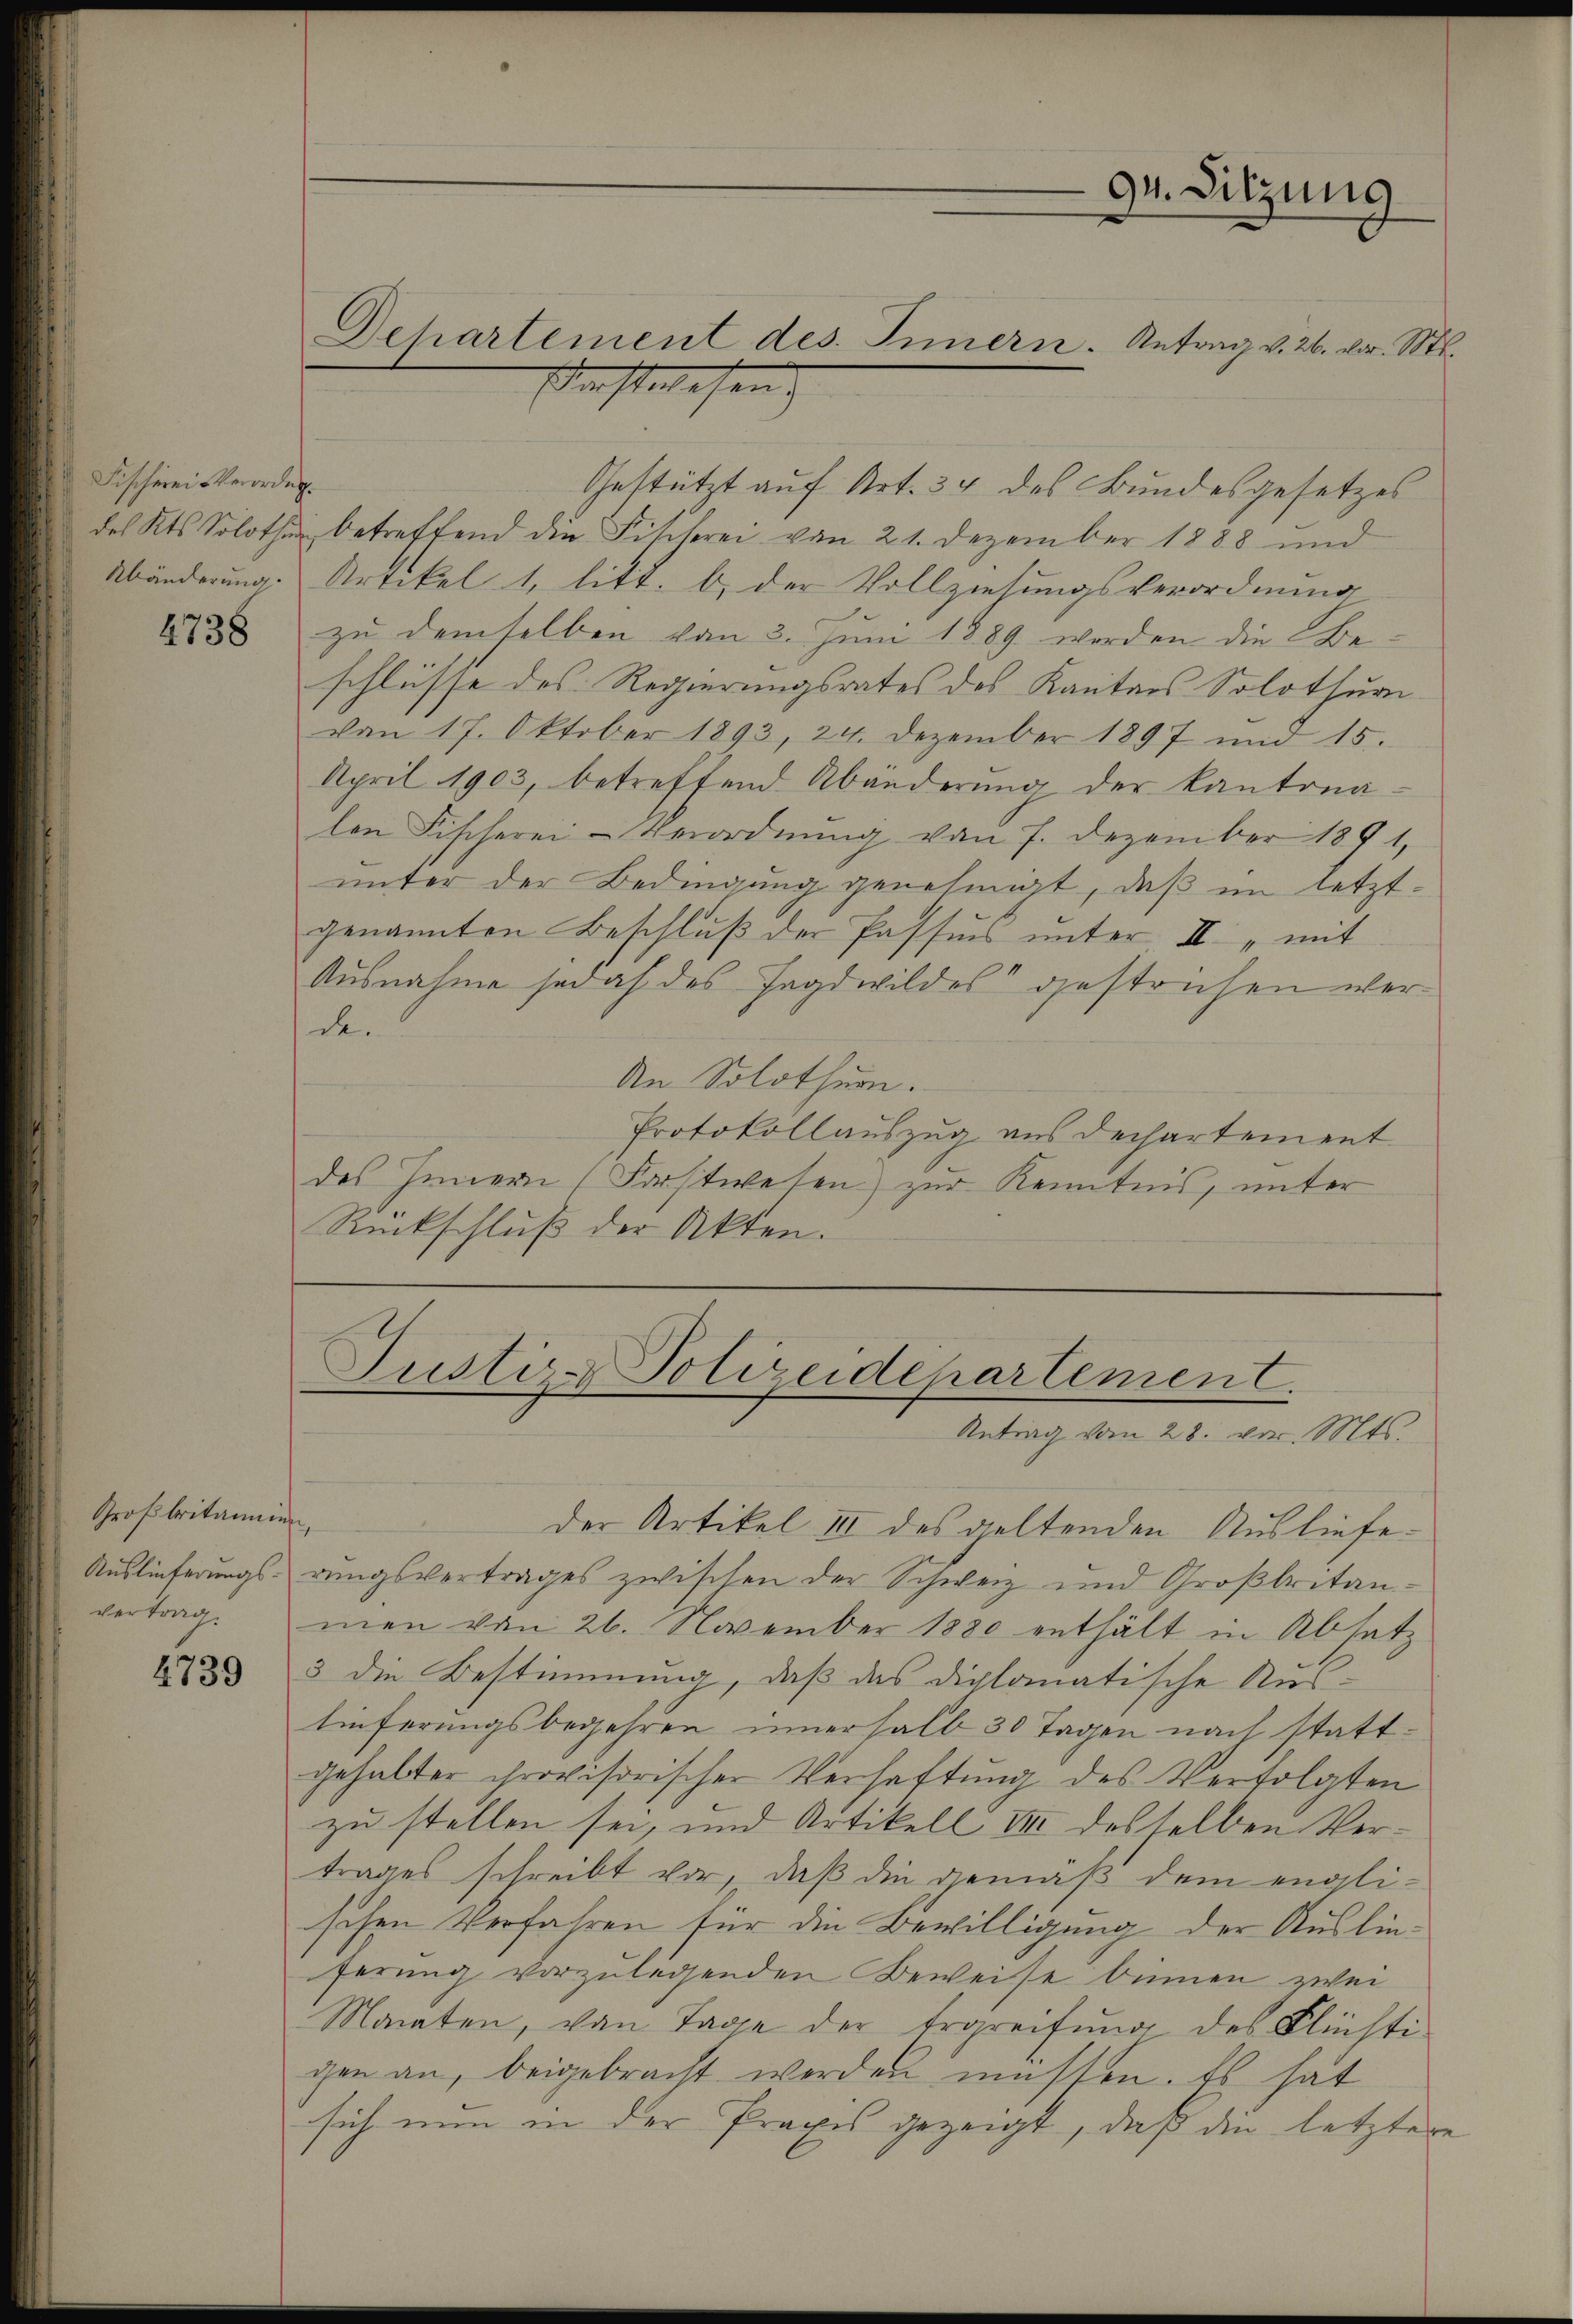
Fischerei Verordne.

4738

Großbritannien,

4739

94. Sitzung
Dehartement des Innern. Antrag v. 26. vor. M.
Forstwesen,

Gestützt auf Art. 34 des Bundesgesetzes
des Kts. Solothur betreffend die Fischerei von 21. Dezember 1888 und
Abänderung. Artikel 1, litt. b) der Vollziehungsverordnung
zu demselben vom 3. Juni 1889 werden die Beschlüsse des Regierungsrates des Kantons Solothurn
von 17. Oktober 1893, 24. Dezember 1897 und 15.
April 1903, betreffend Abänderung der Kantonalen Fischerei-Verordnung von 7. Dezember 1891,
unter der Bedingung genehmigt, daß im letzt-
genannten Beschlŭβ der Passis ŭnter II „mit
Ausnahme jedoch des Jagdwildes gestrichen werde.
An Solothurn.
Protokollauszug aus dechartement
des Innern (Forstwesen) zur Kenntnis, unter
Rückschluß der Akten.

Justiz-Polizeidepartement.
Antrag vom 28. vor. Mts.

der Artikel III des geltenden Ausliefe¬
Auslieferungs-rungsvertrages zwischen der Schweiz und Großbritanvertrag. men vom 26. November 1880 enthält in Absatz
3 die Bestimmung, daß das diplomatische Auslieferungsbegehren innerhalb 30 Tagen nach stattgehalter provisorischer Verhaftung des Verfolgten
zu stellen sei, und Artikell III desselben Vertrages schreibt vor, daß die gemäß dem englischen Verfahren für die Bewilligung der Auslieferung vorzulegenden Beweise binnen zwei
Monaten, von Tage der Ergreifung des Flüchti-
gen an, beigebracht werden müssen. Es hat
sich nun in der Praxis gezeigt, daß die letztere